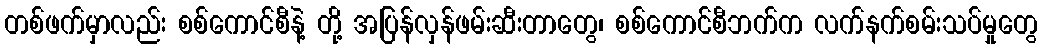
တစ်ဖက်မှာလည်း စစ်ကောင်စီနဲ့ တို့ အပြန်လှန်ဖမ်းဆီးတာတွေ၊ စစ်ကောင်စီဘက်က လက်နက်စမ်းသပ်မှုတွေ